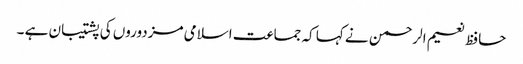
حافظ نعیم الرحمن نے کہا کہ جماعت اسلامی مزدوروں کی پشتیبان ہے ۔